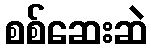
စစ်ဆေးဆဲ